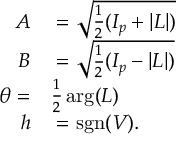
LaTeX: \begin{array} { r l } { A } & { { } = { \sqrt { { \frac { 1 } { 2 } } ( I _ { p } + | L | ) } } } \\ { B } & { { } = { \sqrt { { \frac { 1 } { 2 } } ( I _ { p } - | L | ) } } } \\ { \theta = } & { { } { \frac { 1 } { 2 } } \arg ( L ) } \\ { h } & { { } = \operatorname { s g n } ( V ) . } \end{array}